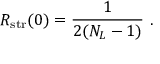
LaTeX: R _ { \mathrm { s t r } } ( 0 ) = { \frac { 1 } { 2 ( N _ { L } - 1 ) } } \ .